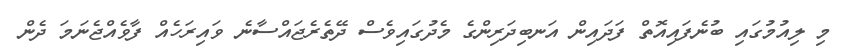
މި ލިއުމުގައި ބުނެފައިއޮތް ފަދައިން އަނބިދަރިންގެ މެދުގައިވެސް ދޭތެރެޖައްސާނެ ވައިރަހެއް ފާވެއްޖެނަމަ ދެން